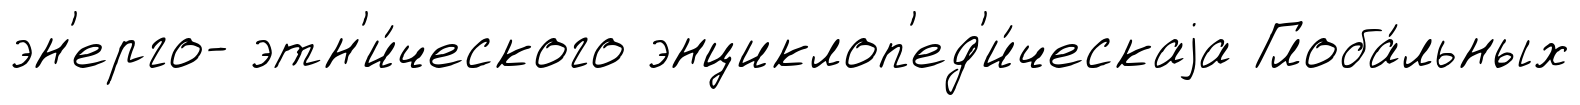
эн'ерго- этн'и́ческого энциклоп'ед'и́ческаjа Глоба́льных